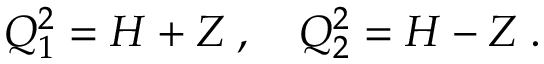
Q _ { 1 } ^ { 2 } = H + { \cal Z } \; , \quad Q _ { 2 } ^ { 2 } = H - { \cal Z } \; .